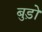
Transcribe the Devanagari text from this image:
बुड़ो